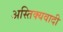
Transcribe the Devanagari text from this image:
अस्तिक्यवादी